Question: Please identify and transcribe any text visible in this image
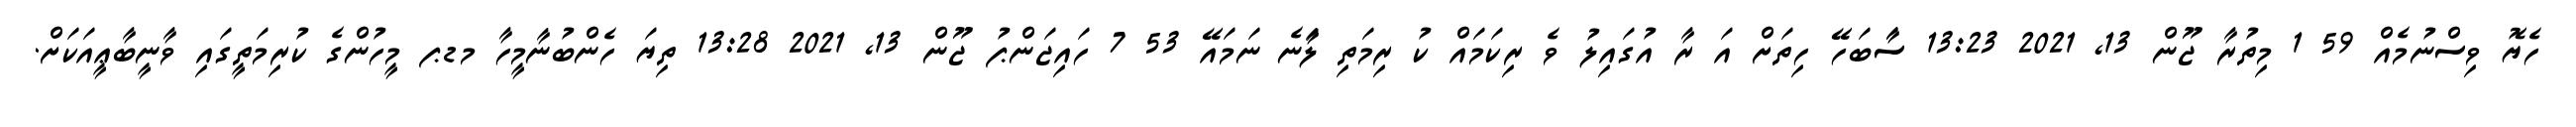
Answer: ހެޔޮ ވިސްނުމެއް 59 1 މިތުރާ ޖޫން 13, 2021 13:23 ސަާބަހޭ ހިތަށް އަ ރާ އުގައިލު ވެ ރިކަމައް ކު ރިމަތި ލާަނެ ނަމައޭ 53 7 ހައިޖަންޕު ޖޫން 13, 2021 13:28 ތިޔަ ހެންބުނާމީހާ މޑޕ މީހުންގެ ކުރިމަތީގައި ވާނީބާޢީއަކަށް.